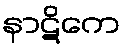
နာဋိကေ